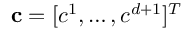
\mathbf { c } = [ c ^ { 1 } , \dots , c ^ { d + 1 } ] ^ { T }